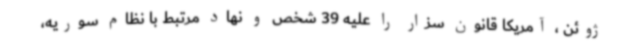
ژوئن ، آمریکا قانون سزار را علیه 39 شخص و نهاد مرتبط با نظام سوریه،